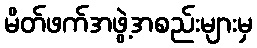
မိတ်ဖက်အဖွဲ့အစည်းများမှ